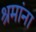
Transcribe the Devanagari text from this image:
श्रमांना